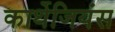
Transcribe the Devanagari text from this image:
कार्थेजियंस